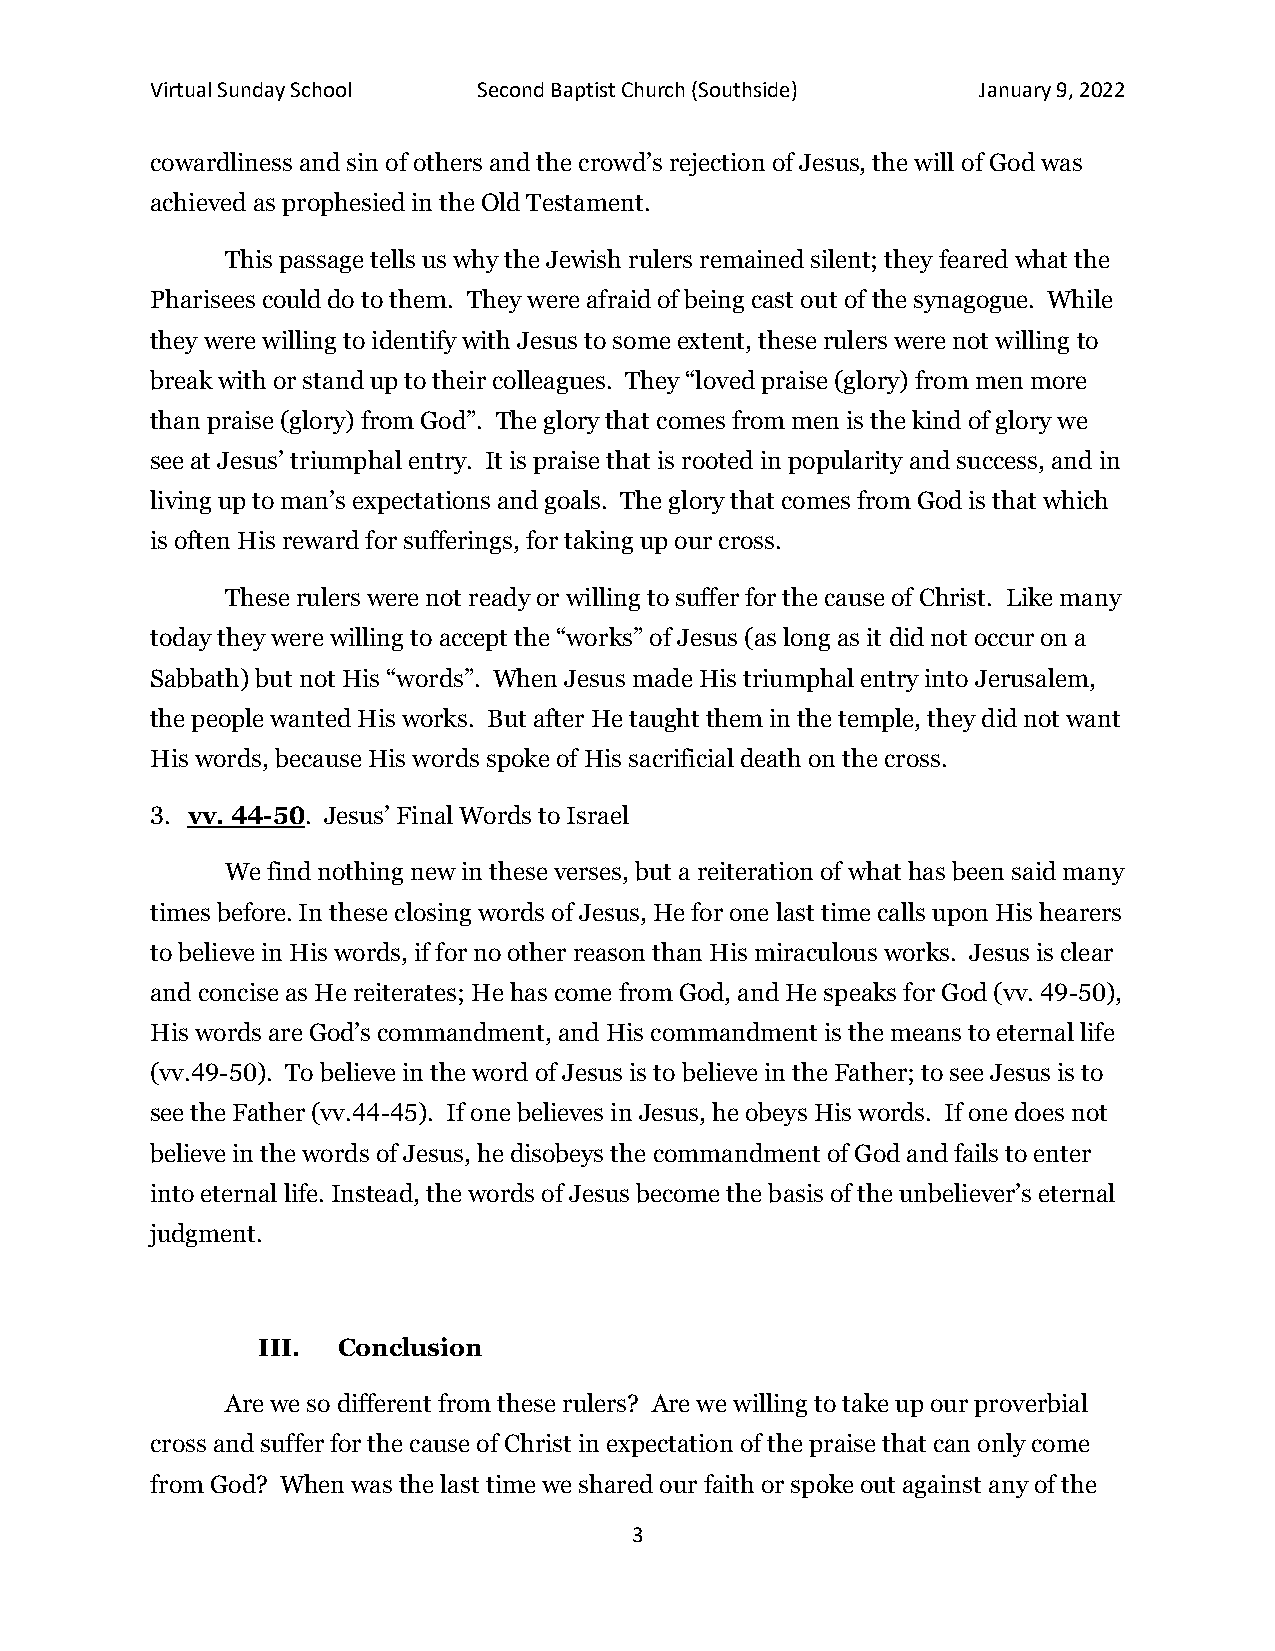
Virtual Sunday School Second Baptist Church (Southside) January 9, 2022
 cowardliness and sin of others and the crowd’s rejection of Jesus, the will of God was
 achieved as prophesied in the Old Testament.
 This passage tells us why the Jewish rulers remained silent; they feared what the
 Pharisees could do to them. They were afraid of being cast out of the synagogue. While
 they were willing to identify with Jesus to some extent, these rulers were not willing to
 break with or stand up to their colleagues. They “loved praise (glory) from men more
 than praise (glory) from God”. The glory that comes from men is the kind of glory we
 see at Jesus’ triumphal entry. It is praise that is rooted in popularity and success, and in
 living up to man’s expectations and goals. The glory that comes from God is that which
 is often His reward for sufferings, for taking up our cross.
 These rulers were not ready or willing to suffer for the cause of Christ. Like many
 today they were willing to accept the “works” of Jesus (as long as it did not occur on a
 Sabbath) but not His “words”. When Jesus made His triumphal entry into Jerusalem,
 the people wanted His works. But after He taught them in the temple, they did not want
 His words, because His words spoke of His sacrificial death on the cross.
 3. vv. 44-50. Jesus’ Final Words to Israel
 We find nothing new in these verses, but a reiteration of what has been said many
 times before. In these closing words of Jesus, He for one last time calls upon His hearers
 to believe in His words, if for no other reason than His miraculous works. Jesus is clear
 and concise as He reiterates; He has come from God, and He speaks for God (vv. 49-50),
 His words are God’s commandment, and His commandment is the means to eternal life
 (vv.49-50). To believe in the word of Jesus is to believe in the Father; to see Jesus is to
 see the Father (vv.44-45). If one believes in Jesus, he obeys His words. If one does not
 believe in the words of Jesus, he disobeys the commandment of God and fails to enter
 into eternal life. Instead, the words of Jesus become the basis of the unbeliever’s eternal
 judgment.
 III. Conclusion
 Are we so different from these rulers? Are we willing to take up our proverbial
 cross and suffer for the cause of Christ in expectation of the praise that can only come
 from God? When was the last time we shared our faith or spoke out against any of the
 3